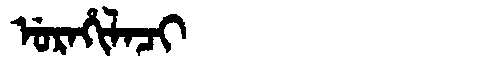
Manchu: ᡠᡵᠠᡥᡳᠯᠠᠴᡳ
Romanization: URAHILACI